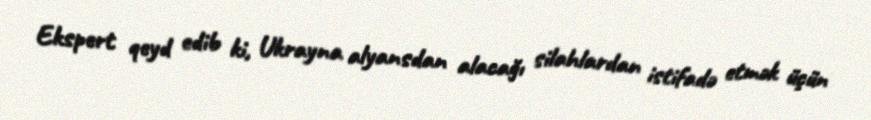
Ekspert qeyd edib ki, Ukrayna alyansdan alacağı silahlardan istifadə etmək üçün